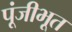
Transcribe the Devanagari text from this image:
पूंजीभूत